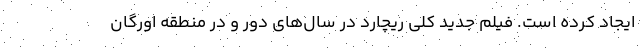
ایجاد کرده است. فیلم جدید کلی ریچارد در سال‌های دور و در منطقه اورگان